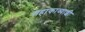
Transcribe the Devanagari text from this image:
महाकाव्याशी